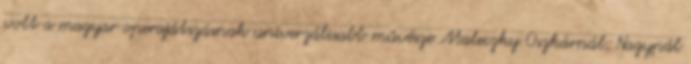
volt a magyar operajátszásnak univerzálisabb művésze Maleczky Oszkárnál; Nagypál